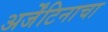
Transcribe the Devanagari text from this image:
अर्जेंटिनाचा